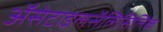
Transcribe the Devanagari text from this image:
ॲसेटाइलसॅलिसिलिक